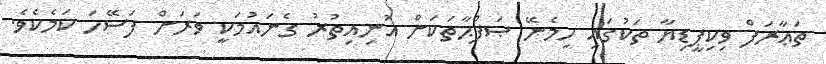
ތަޢާރަފް ވިކިޕީޑިޔާ ތަކުގައި ހިމެނޭ ޞަފްޙާތަކަށް އުނިއިތުރު ގެނައުމަކީ ވަރަށް ފަސޭހަ ކަމެކެވެ.